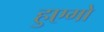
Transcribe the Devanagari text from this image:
हुएगो